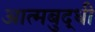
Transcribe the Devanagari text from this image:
आत्मबुद्धी